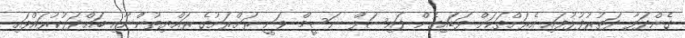
ގެންދަވާ ދަތުރުފުޅުފައި އެރަށްތަކަށް ވަޑަައިގެން ފައިސަލް ނަސީމް ވަނީ ރަަށްރަށުގެ ރައްޔިތުންނާއި ބައްދަލުކުރައްވައި